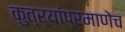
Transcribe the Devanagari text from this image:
कुत्र्यांप्रमाणेच